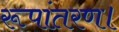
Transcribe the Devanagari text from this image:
रूपांतरण।